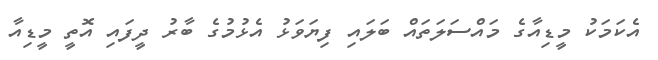
އެކަމަކު މީޑިއާގެ މައްސަލަތައް ބަލައި ފިޔަވަޅު އެޅުމުގެ ބާރު ދީފައި އޮތީ މީޑިއާ